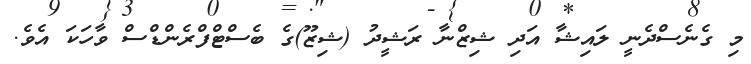
މި ގެނެސްދެނީ ލައިޝާ އަދި ޝިޒްނާ ރަޝީދު (ޝިޒޫ)ގެ ބެސްޓްފްރެންޑްސް ވާހަކަ އެވެ.